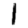
Digit: 1